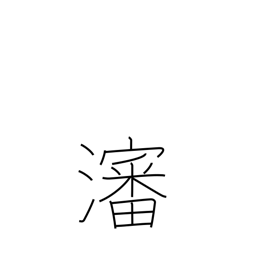
Meaning: broth